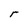
Character: r